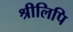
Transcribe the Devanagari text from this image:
श्रीलिपि